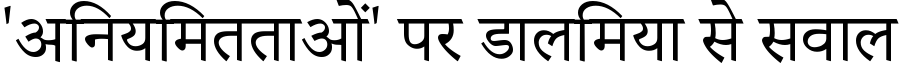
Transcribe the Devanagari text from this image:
'अनियमितताओं' पर डालमिया से सवाल